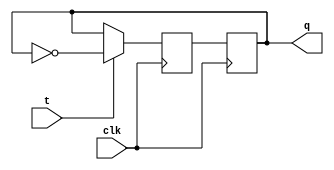
module tff(
    input clk,
    input t,
    output reg q
);

reg d;

always @ (posedge clk) begin
    if(t) begin
        d <= ~q;
    end
    else begin
        d <= q;
    end
end

always @ (posedge clk) begin
    q <= d;
end

endmodule